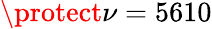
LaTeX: \protect\nu=5610